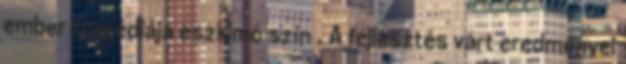
ember tragédiája eszkimó szín . A fejlesztés várt eredményei